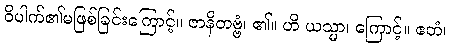
ဝိပါက်၏မဖြစ်ခြင်းကြောင့်။ ဇာနိတဗ္ဗံ၊ ၏။ ဟိ ယသ္မာ၊ ကြောင့်။ ဧတံ၊